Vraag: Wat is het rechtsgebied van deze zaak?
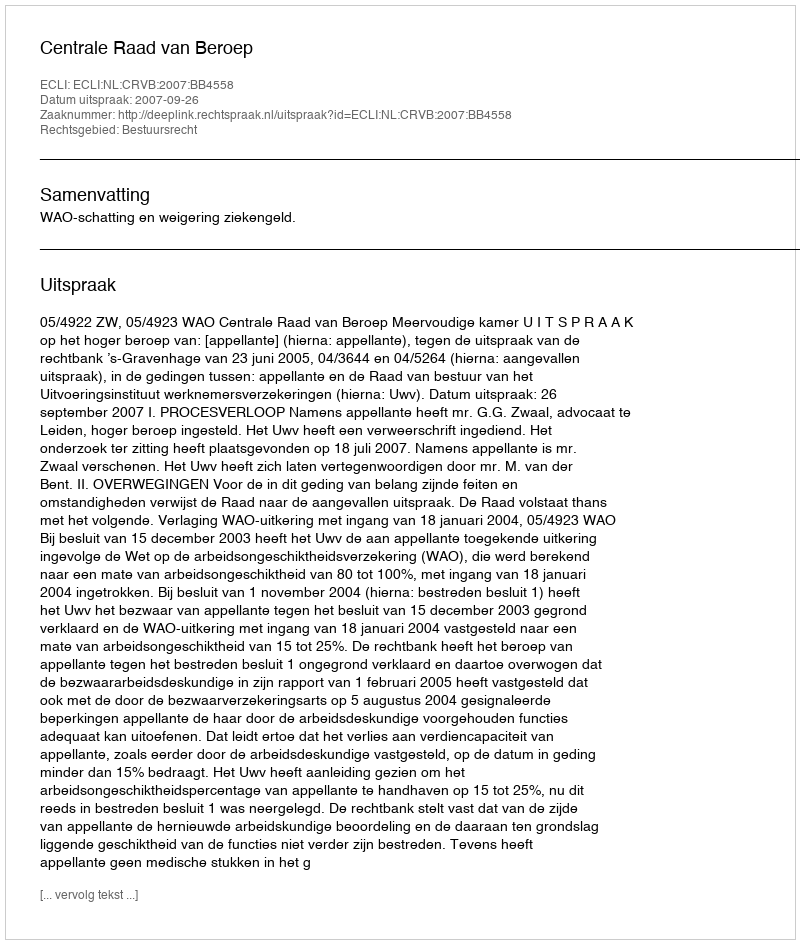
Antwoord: Bestuursrecht